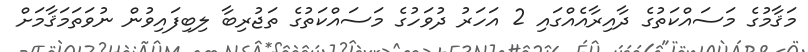
މަޤާމުގެ މަސައްކަތުގެ ދާއިރާއެއްގައި 2 އަހަރު ދުވަހުގެ މަސައްކަތުގެ ތަޖުރިބާ ލިބިފައިވުން ނުވަތަމަޤާމަށް